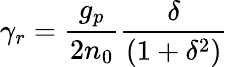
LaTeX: \gamma_{r}=\frac{g_{p}}{2n_{0}}\frac{\delta}{(1+\delta^{2})}